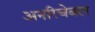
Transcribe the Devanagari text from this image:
अनरिचेबल